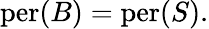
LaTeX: \mathrm{per}(B)=\mathrm{per}(S).